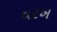
વરખ